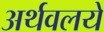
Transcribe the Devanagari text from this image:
अर्थवलये